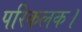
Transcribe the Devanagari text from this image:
परिकलक।